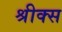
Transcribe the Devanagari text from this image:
श्रीक्स